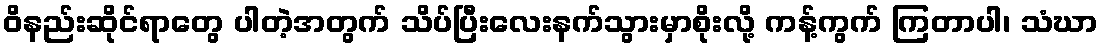
ဝိနည်းဆိုင်ရာတွေ ပါတဲ့အတွက် သိပ်ပြီးလေးနက်သွားမှာစိုးလို့ ကန့်ကွက် ကြတာပါ၊ သံဃာ